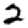
Digit: 2